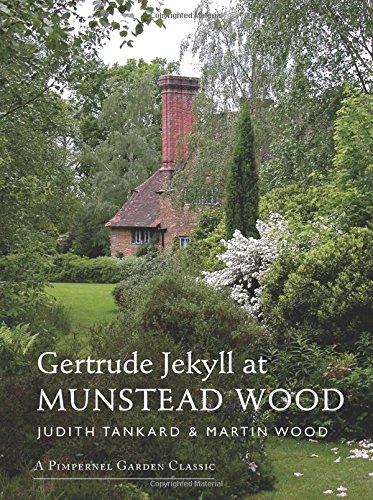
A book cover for Gertrude Jekyll at Munstead Wood (A Pimpernel Garden Classic); Martin Wood; Crafts, Hobbies & Home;